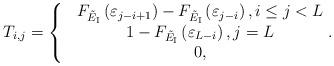
LaTeX: \begin{align*}&{T_{i,j}} =\left\{ {\begin{matrix} &{{F_{\tilde E_{\rm I}}}\left( \varepsilon_{j-i+1} \right)-{F_{\tilde E_{\rm I}}}\left( \varepsilon_{j-i} \right) , i\le j<L}\\ & {1- {F_{\tilde E_{\rm I}}}\left( \varepsilon_{L-i} \right), j=L}\\ &{0, }\\\end{matrix} } \right..\\\end{align*}